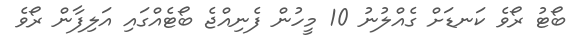
ބޯޓު ރޯވެ ކަނޑަށް ގެއްލުނު 10 މީހުން ފެނިއްޖެ ބޯޓެއްގައި އަލިފާން ރޯވެ